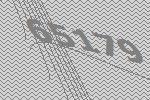
65179